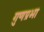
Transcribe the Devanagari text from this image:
गुणप्रभा